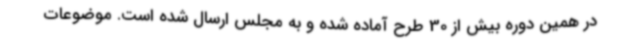
در همین دوره بیش از 30 طرح آماده شده و به مجلس ارسال شده است. موضوعات